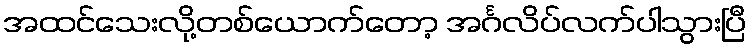
အထင်သေးလို့တစ်ယောက်တော့ အင်္ဂလိပ်လက်ပါသွားပြီ